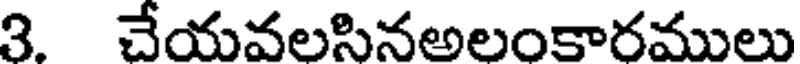
3. చేయవలసినఅలంకారములు